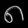
Digit: ၈